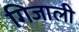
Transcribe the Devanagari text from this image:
गिजाली